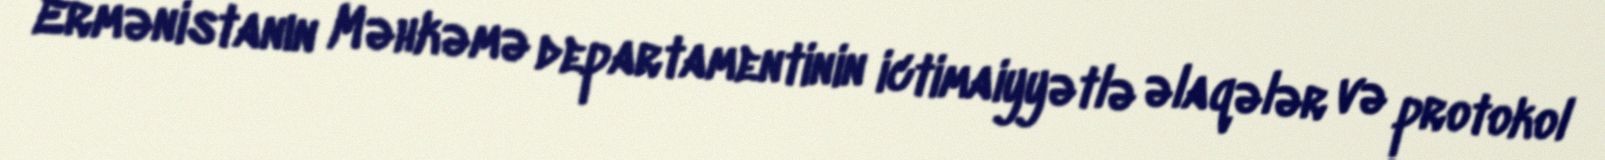
Ermənistanın Məhkəmə departamentinin ictimaiyyətlə əlaqələr və protokol